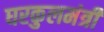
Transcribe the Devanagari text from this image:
घरकुलमंत्री